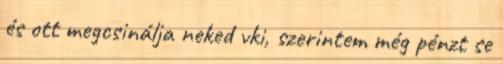
és ott megcsinálja neked vki, szerintem még pénzt se